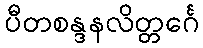
ပီတစန္ဒနလိတ္တင်္ဂေ